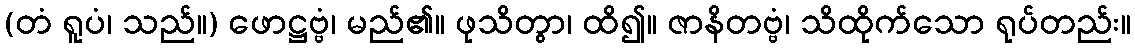
(တံ ရူပံ၊ သည်။) ဖောဋ္ဌဗ္ဗံ၊ မည်၏။ ဖုသိတွာ၊ ထိ၍။ ဇာနိတဗ္ဗံ၊ သိထိုက်သော ရုပ်တည်း။